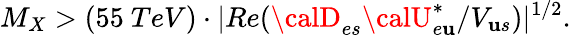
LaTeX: M_{X}>(55~TeV)\cdot|Re({{\calD}_{es}{\calU}_{e\mathbf{u}}^{*}}/{V_{\mathbf{u}s}})|^{1/2}.